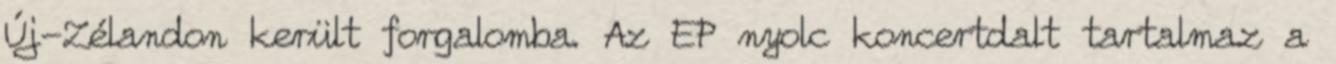
Új-Zélandon került forgalomba. Az EP nyolc koncertdalt tartalmaz a